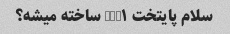
سلام پایتخت NUM۱ ساخته میشه؟